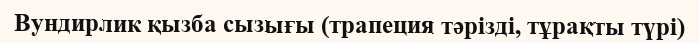
Вундирлик қызба сызығы (трапеция тәрізді, тұрақты түрі)